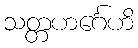
သတ္တဟင်္ဂေဟိ